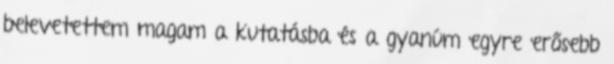
belevetettem magam a kutatásba és a gyanúm egyre erősebb